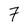
Character: 7